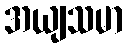
အယျသမာ